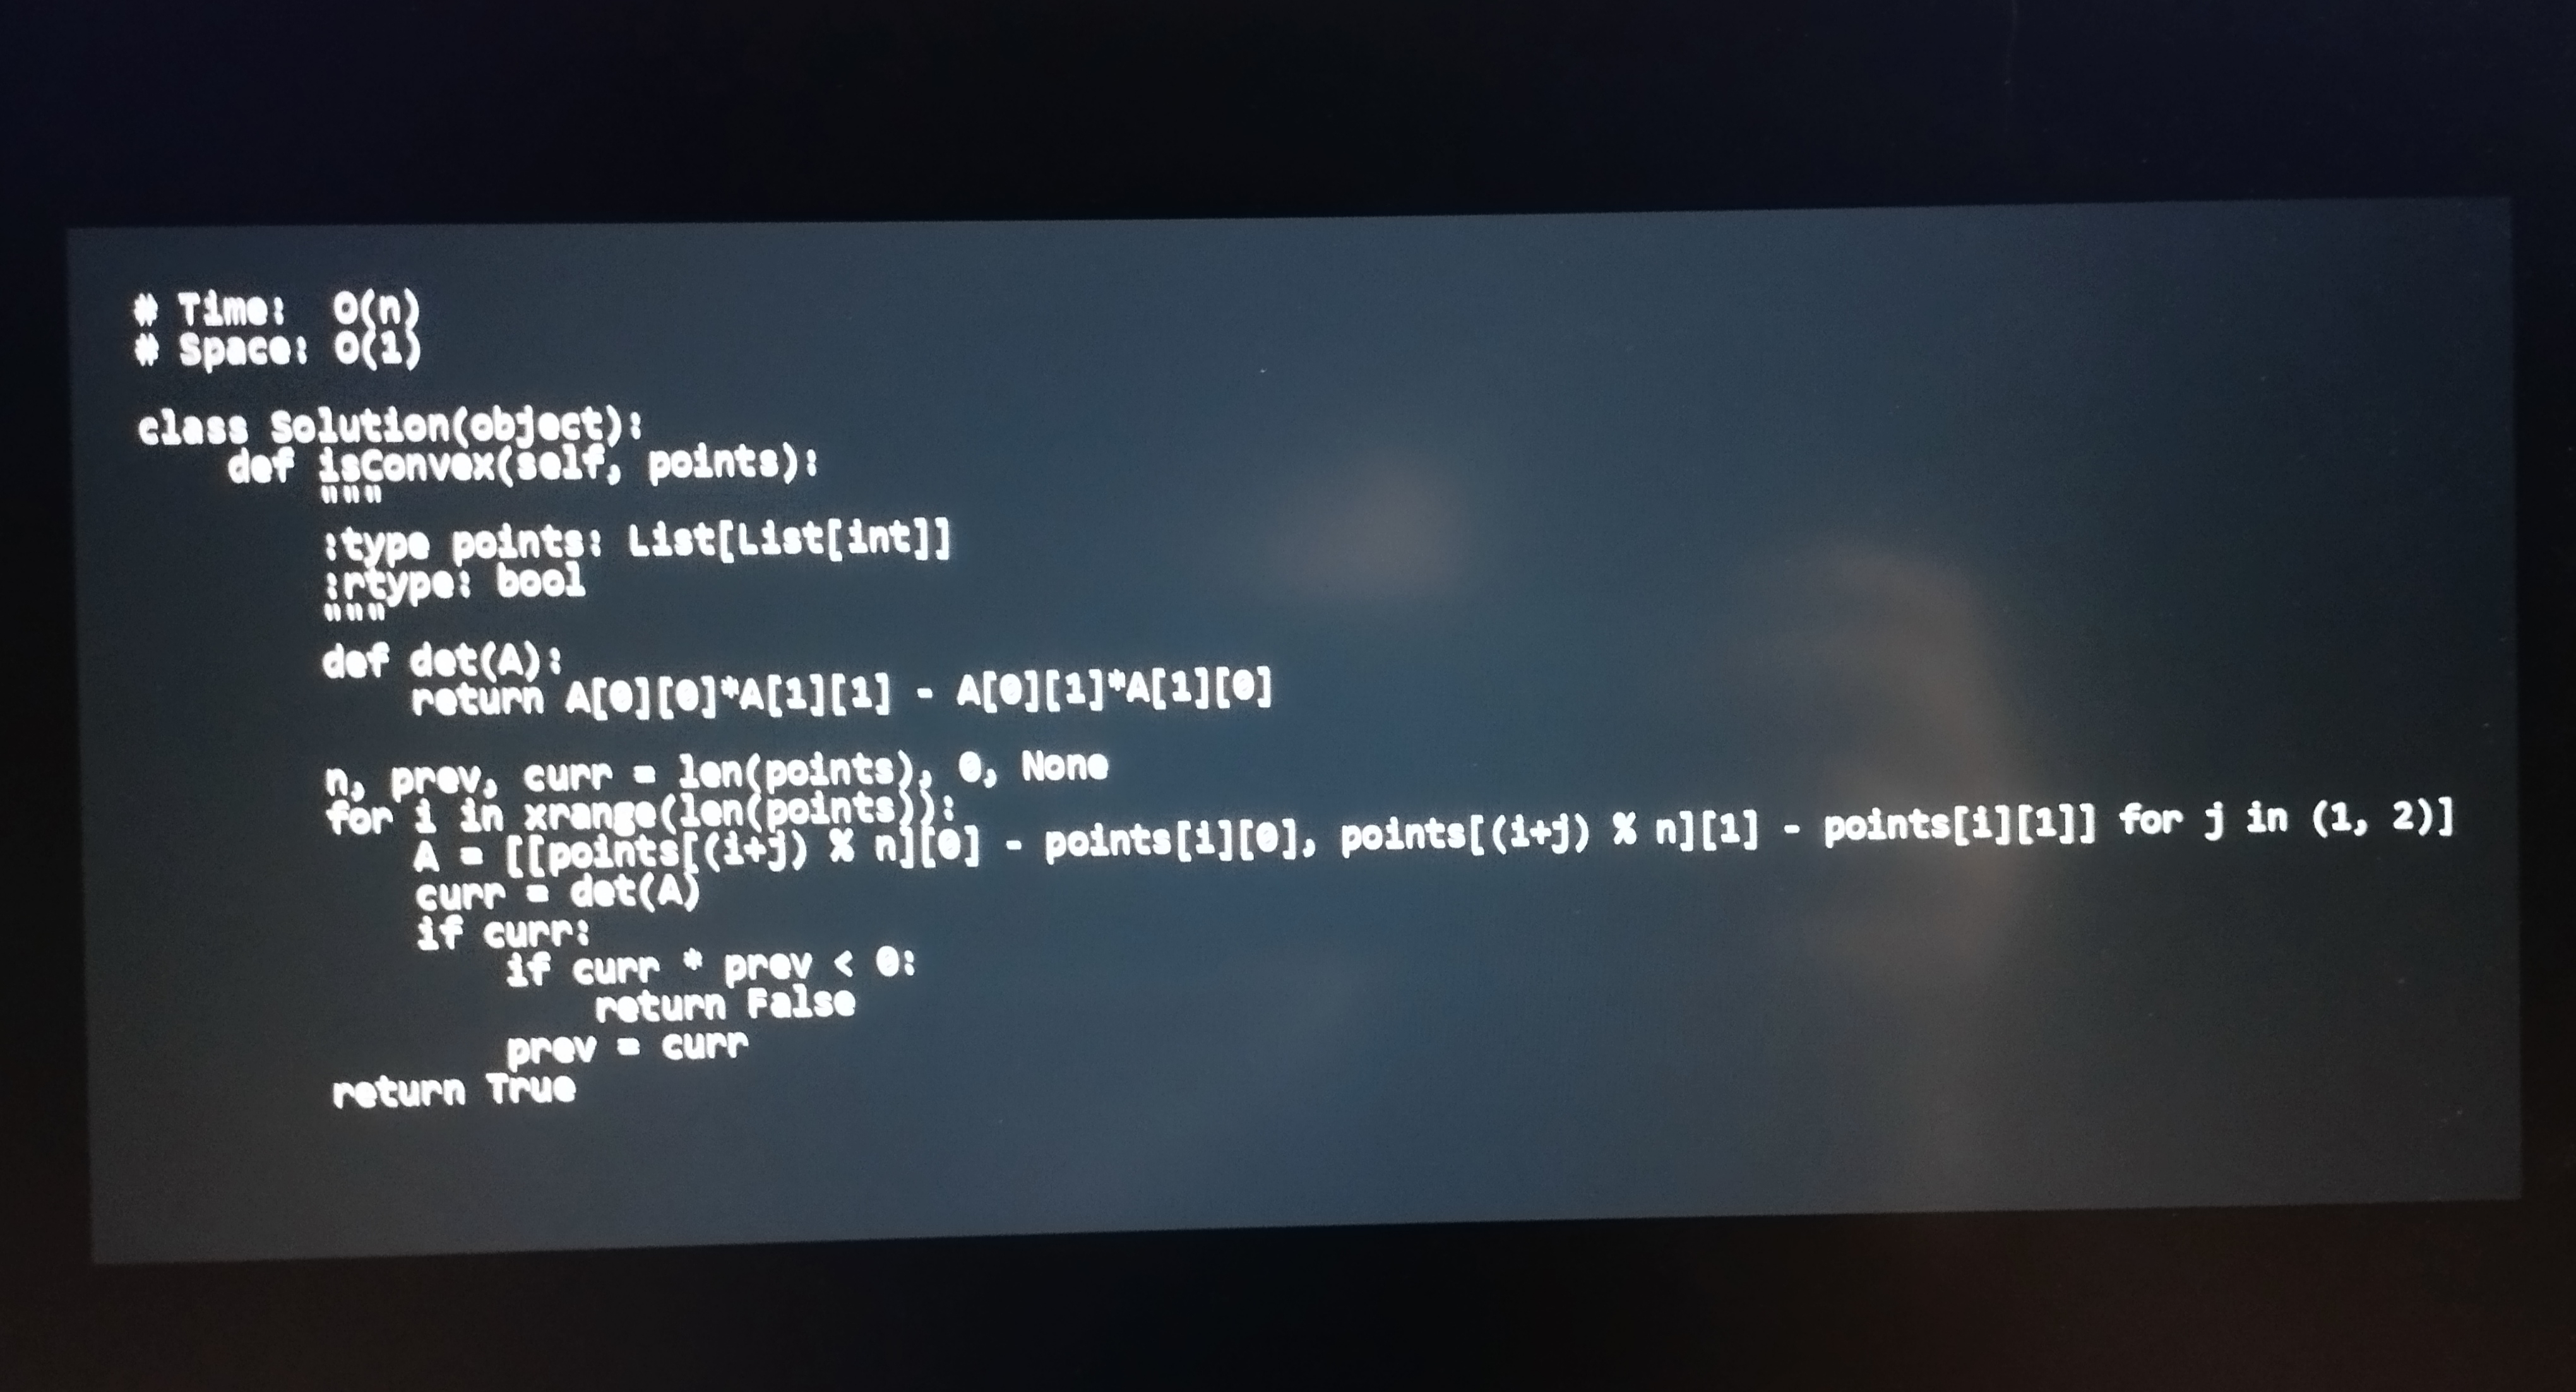
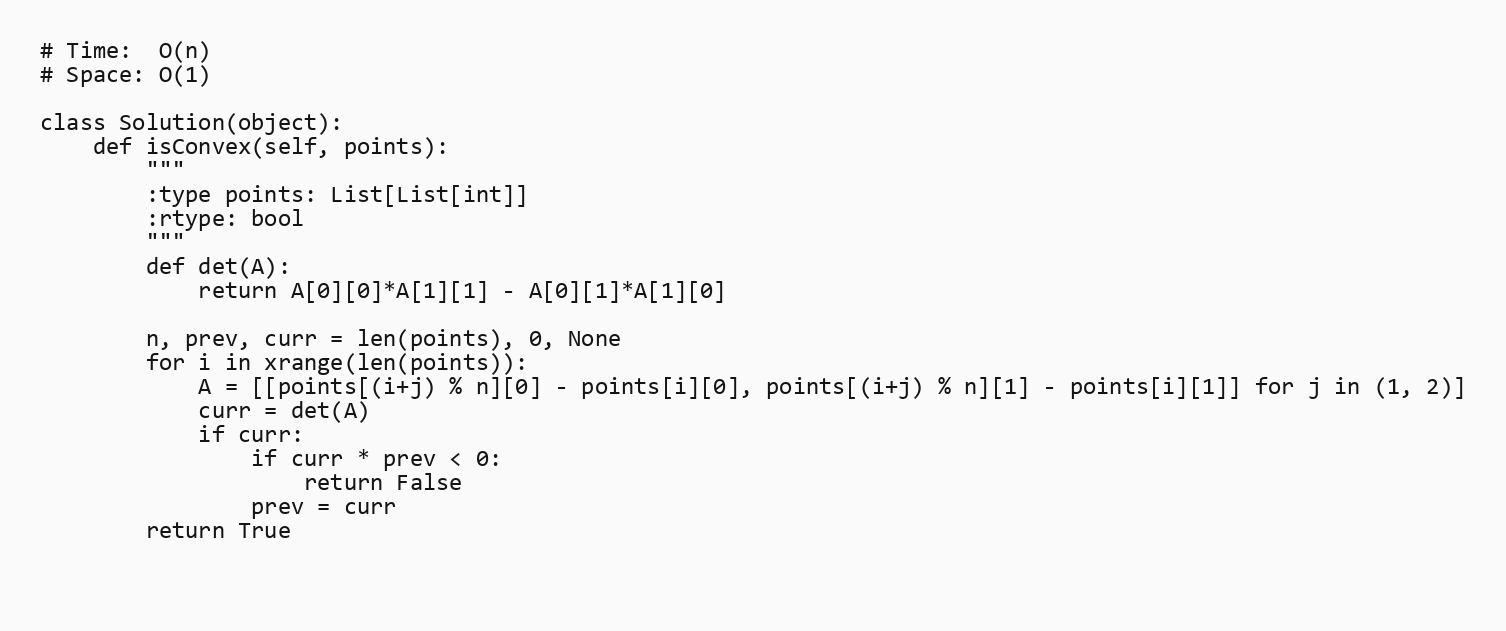
# Time:  O(n)
# Space: O(1)

class Solution(object):
    def isConvex(self, points):
        """
        :type points: List[List[int]]
        :rtype: bool
        """
        def det(A):
            return A[0][0]*A[1][1] - A[0][1]*A[1][0]

        n, prev, curr = len(points), 0, None
        for i in xrange(len(points)):
            A = [[points[(i+j) % n][0] - points[i][0], points[(i+j) % n][1] - points[i][1]] for j in (1, 2)]
            curr = det(A)
            if curr:
                if curr * prev < 0:
                    return False
                prev = curr
        return True